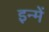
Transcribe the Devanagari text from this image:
इन्‍में